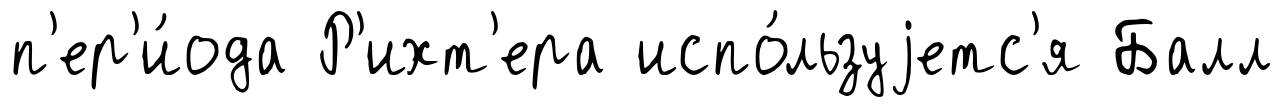
п'ер'и́ода Р'ихт'ера испо́льзуjетс'я Балл